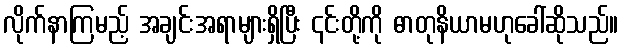
လိုက်နာကြမည့် အချင်းအရာများရှိပြီး ၎င်းတို့ကို ဓာတုနိယာမဟုခေါ်ဆိုသည်။